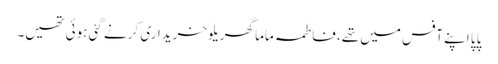
پاپا اپنے آفس میں تھے، فاطمہ ماما گھریلو خریداری کرنے گئی ہوئی تھیں۔